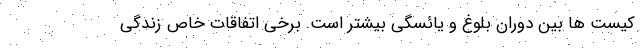
کیست ها بین دوران بلوغ و یائسگی بیشتر است. برخی اتفاقات خاص زندگی